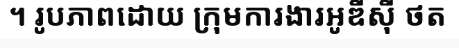
។ រូបភាពដោយ ក្រុមការងារអូឌីស៊ី ថត